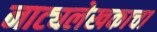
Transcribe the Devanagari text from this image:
नाट्यलेखकाचा